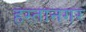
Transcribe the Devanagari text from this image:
हस्तानगर